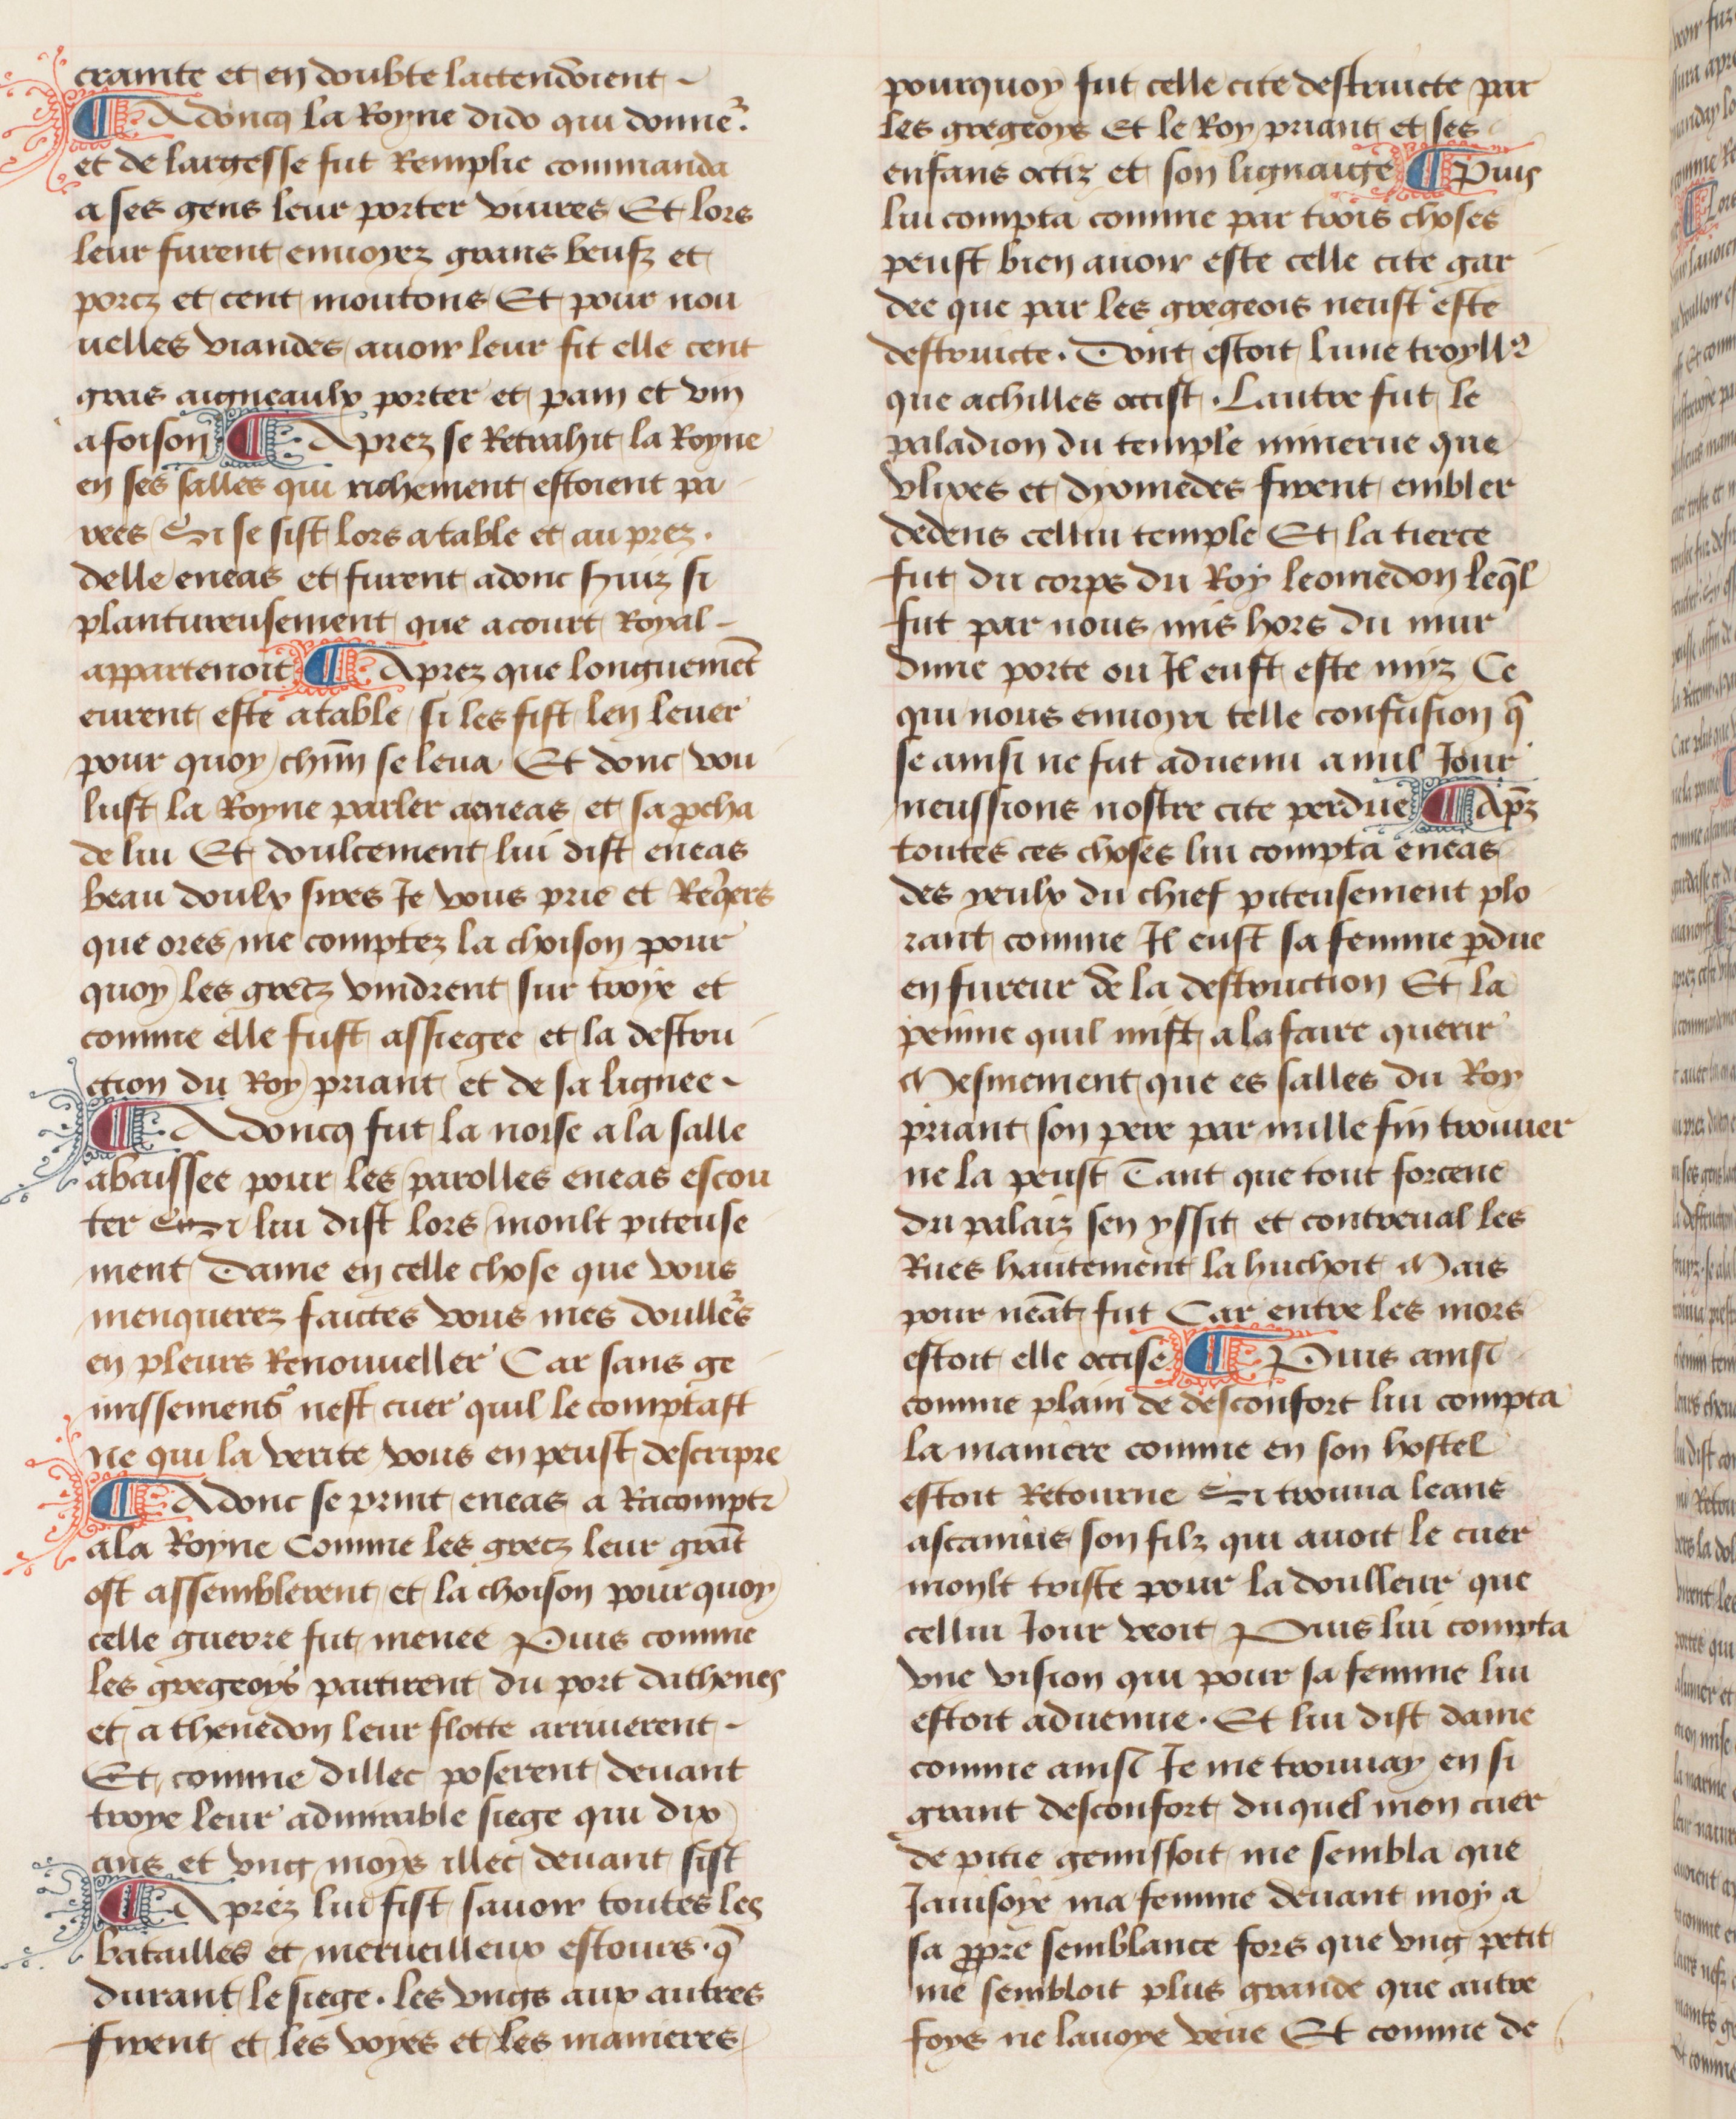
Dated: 1457–1482